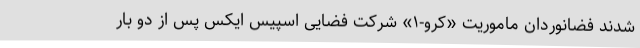
شدند فضانوردان ماموریت «کرو-۱» شرکت فضایی اسپیس ایکس پس از دو بار